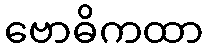
ဗောဓိကထာ